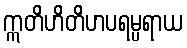
ဣတိဟိတိဟပရမ္ပရာယ